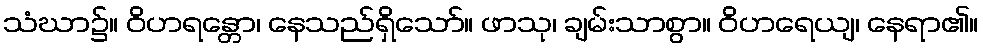
သံဃာ၌။ ဝိဟရန္တော၊ နေသည်ရှိသော်။ ဖာသု၊ ချမ်းသာစွာ။ ဝိဟရေယျ၊ နေရာ၏။